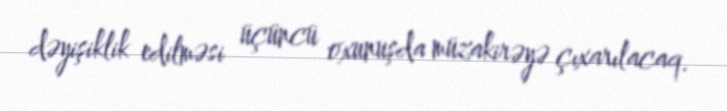
dəyişiklik edilməsi üçüncü oxunuşda müzakirəyə çıxarılacaq.